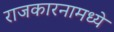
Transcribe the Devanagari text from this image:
राजकारनामध्ये